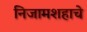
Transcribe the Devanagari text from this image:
निजामशहाचे